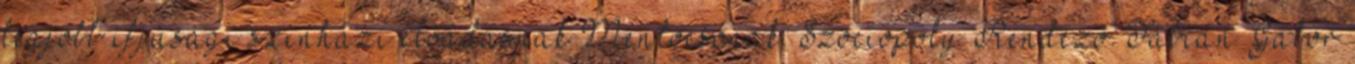
legjobb ifjúsági színházi előadásnak Mentőcsónak: Szociopoly Rendező: Fábián Gábor